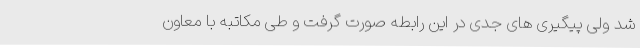
شد ولی پیگیری های جدی در این رابطه صورت گرفت و طی مکاتبه با معاون